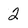
Character: 2